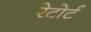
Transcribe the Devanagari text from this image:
रेटोर्ट